Vital statistics of India. Vol. IV, Annual returns from 1871 to 1876. British Army of India, Native Army and jails of Bengal
Year: 1871
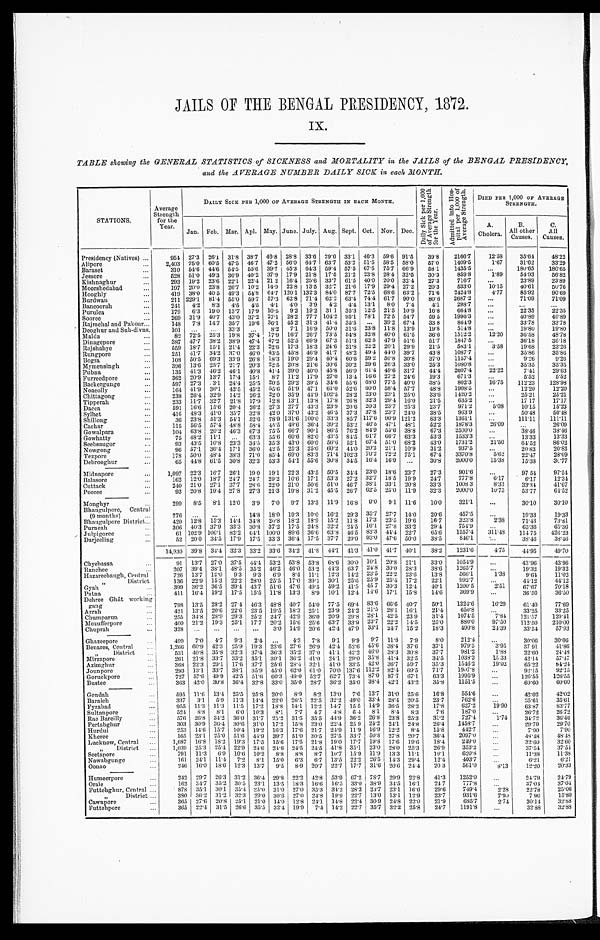
JAILS OF THE BENGAL PRESIDENCY, 1872.
Ix.
TABLE showing the GENERAL STATISTICS of SICKNESS and MORTALITY in the JAILS of the BENGAL PRESIDENCY,
and the AVERAGE NUMBER DAILY SICK in each MONTH.
STATIONS.
Average
Strength for the
Year.
DAILY SICK PER 1,000 OF AVERAGE STRENGTH IN EACH MONTH.
D a i l y S i c k p e r 1 , 0 0 0 o f A v e r a g e S t r e n g t h f o r t h e y e a r .
A d m i t t e d i n t o H o s . p i t a l p e r 1 , 0 0 0 o f A v e r a g e S t r e n g t h . DIED PER 1,000 OF AVER A G E S T R E N G T H .
A.
Cholera.
B.
All other
Causes.
C.
All
Causes.
Jan. Feb. Mar. Apl. May. June. July. Aug. Sept. Oct. Nov. Dec.
Presidency (Natives) . . .
954 27.3 26.1 31.8 38.7 46.8 28.8 33.6 29.6 33.1 46.3 59.6 91.5 3 9 . 8
2166.7 12.58 35.64 48. 22
2,403 75.0 60.5 47.5 46.7 47.2 56.0 64.7 63.7 53.2 51.5 58.5 58.0 57.0 1409.5
1.67 31.62 33. 29
Alipore . . .
310 54.6 44.6 54.5 55.6 39.7 45.3 64.3 59.4 57.5 67.5 75.7 66.9 58.1 1435.5
. . . 180.65 180. 65
Baraset . . .
528 51.0 49.3 36.9 40.2 37.9 17.9 21.8 17.5 21.2 23.8 28.4 32.5 30.3
859.8
1.89 54.93 56. 82
Jessore . . .
293 19.2 23.6 22.1 22.4 21 2 16.4 25.6 33.7 61.5 40.0 20.0 32.4 27.3
716.7
. . . 23.89 23. 89
Kishnaghur . . .
197 20.0 23.8 26.7 10.2 14.9 22.8 13.5 32.7 21.6 17.9 29.4 27.2 20.3
533.0 10.15 40.61 50. 76
Moorshedabad . . .
419 38.0 40.5 49.3 54.8 64.7 120.1 132.3
8 4 . 0 87.7 72.5 68.6 63.2 71.6 2424.8
4 . 7 7 85.92 90. 69
Hooghly . . .
211 229.1 81.4 55.0 59.7 57.3 62.8 71.4 62.2 63.4 74.4 61.7 90.0 80.6 2687.2
. . . 71.09 71. 09
Burdwan . . .
Bancoorah . . .
241 4.2 8.3 4.5 4.5 4.1 4.0 3.9 4.2 4.4 13.1 8.0 7.4 4.1 298.7 . . .
. . .
. . .
179 6.3 19.0 13.7 17.9 10.5 9.2 19.2 31.1 35.3 12.5 21.5 10.9 16.8 664.8
. . . 22.35 22. 35
Purulea . . .
269 31.9 40.7 43.0 37.2 27.1 28.2 77.7 104.2 95.1 78.1 72.5 54.7 59 5 1996.3
. . . 40.89 40.89
Sooree . . .
Rajmehal and Pakour . . .
148 7.8 14.7 35.7 19.6 36.1 45.2 31.3 41.4 35.5 . . . 39.2 67.4 33 8
864.9
. . . 33.78 33. 78
101 . . . . . . 33.3 . . . 8.2 7.1 16.9 50.0 31.6 23.8 11.8 13.9 19.8 514.8
. . . 19.80 19. 80
Deoghur and Sub-divns.
12.20
82 72.5 25.3 19.8 37.4 17.9 16.7 26.7 73.5 54.8 32.8 40.0 61.5 36.6 1512.2
36.58 48. 78
Malda . . .
3 8 7 47.7 38.2 38.9 47.4 47.2 52.5 69.9 67.3 51.3 62.5 47.9 51.6 51.7 1847.5
. . . 36.18 36.18
Dinagepore . . .
559 18.7 15.1 21.4 22.3 22.6 17.3 18.3 24.6 21.8 22.2 20.1 29.9 21.5 583.1
3.58 19.68 23. 26
Rajshahye . . .
251 41.7 34.2 37.0 46.0 43.5 45.8 46.9 41.7 48.2 49.4 44.0 39.7 43.8 1087.7
. . . 35.86 35. 86
Rungpore . . .
108 50.5 69.3 33.9 26.8 18.3 19.0 29.4 40.4 60.6 39.2 50.8 30.8 37.0 1157.4
. . . 9.26
9. 26
Bogra . . .
Mymensingh . . .
396 13.6 25.7 21.7 20.3 22.5 20.8 21.6 30.6 30.2 29.6 26.3 33.0 25.3 1080.8
. . . 35.35 35. 35
41.4 39.0 40.0 45.8 56.0 61.4 49.6 31.7 44.4 2607.4 22.22
Pubna . . .
135 41.3 46.2 46.1 40.8
7.41 29. 63
11.2 17.9 27.0 13.4 16.6 27.2 24.6 19.3 671.3
. . . 5.52
5. 52
8.7
Furreedpore . . .
362 20.9 13.7 17.4 15.1
597 27.3 .3.1 24.4 25.5 20.5 29.2 39.5 34.6 55.6 68.0 77.5 40.0 38.5 802.3 16.75 112.23 128. 98
Backergunge . . .
164 41.9 36.1 42.5 45.2 55.6 51.9 47.1 61.0 52.6 60.0 58.4 57.7 48.8 1908.5
. . . 12.20 12. 20
Noacolly . . .
238 26.4 32.9 14.2 26.2 22.0 35.9 44.9 102.5 28.2 23.0 23.1 25.0 33.6 1420.2
. . . 25.21 25. 21
Chittagong . . .
233 11.7 32.7 21.8 17.9 12.8 13.1 13.8 17.8 26.8 32.3 29.4 16.0 21.5
635.2
. . . 17.17
17. 17
Tipperah . . .
591 16.6 15.6 20.4 26.2 27.3 27.7 43.3 23.9 20.6 20.3 23.7 25.3 23.7
971.2
5.08
10.15 15. 23
Dacca . . .
416 48.3 41.0 35.7 32.8 42.0 37.0 43.2 46.5 37.3 37.8 23.7 24.0 38.5 963.9
. . . 50.48 50. 48
Sylhet . . .
36 23.8 51.3 54.1 52.6 78.9 131.6 100.0 33.3 85.7 117.6 90.9 121.2 83.3 1361.1
. . . 111.11 111.11
Shillong . . .
46.5
115 56.5 57.4 48.8 58.4 45.5 49.6 36.4 39.2 53.2
47.1 48.1 52.2 1878.3 26.09
. . .
26. 09
Cachar . . .
81.9
104 63.8 20.2 46.3 67.3 75.5 66.7 90.1 86.5 76.2
55.6 38.8 67.3 2500.0
. . . 38.46 38. 46
Gowalpara . . .
61.7
75 48.2 11.1
. . . 63.3 55.6 60.6 82.0 43.5
8 4 . 5
66.7 63.3 53.3 1533.3
. . . 13.33 13. 33
Gowhatty . . .
67.4
Seebsaugor
93 43.5 10.8 23.3 34.5 35.3 43.0 60.0 56.6 52.1
51.0 68.2 43.0 1731.2 21.50 64.52 86. 02
20.2
96 57.1 36.4 17.1 36.0 42.5 25.3 25.0 60.2 44.0
21.1 10.9 31.2 937.5
. . . 20.83 20. 83
Nowgong . . .
70.2
178 50.0 48.4 38.3 71.0 85.4 69.0 83.3 71.4 102.3
72.2 75.1 67.4 3370.8
5.62 22.47 28. 09
Tezpore . . .
16.4
65 44.8 61.5 30.8 32.3 53.3 54.1 55.6 30.8 34.5
16.9 . . . 30.8 2000.0 15.38 15.38 30. 77
Debrooghur . . .
1,097 22.3 16.7 26.1 19.0 19.1 22.3 43.5 50.5 34.4 23.0 18.6 23.7 27.3 901.6
. . . 97 54
97.54
Midnapore . . .
32.7
162 12.0 18.7 24.7 24.7 29.2 10.6 17.1 53.3 27.2
18.5 19.9 24.7 777.8
6.17
6.17
12.34
Balasore . . .
38.1
240 21.0 27.1 37.7 28.6 22.0 21.0 50.6 51.0 46.7
33.1 20.8 33.3 1008 3
8.33 33.34
41.67
Cuttack . . .
62.5
93 20.8 19.4 27.8 27.3 21.3 19.8 31.2 45.5 26.7
25.0 11.9 32.3 2000.0 10.75 53.77
64.52
Pooree . . .
Monghyr . . .
299 8.5 8.1 12.0 3.9 7.0 9.7 13.3 11.9 16.8 9.0 9.1 11.6 10.0 321.1
. . . 30.10
30.10
776 . . .
. . .
. . . 14.8 18.0 19.3 10.0 16.2 29.3 35.7 27.7 14.0 20.6 457.5
. . . 19.33
19. 33
Bhaugulpore, Central
(9 months) . . .
420 12.8 15.3 14.4 34.8 20.8 18.2 18.9 15.2 11.8 17.3 23.5 19.6 16. 7 323.8
2.38 71.43
73. 81
Bhaugulpore District . . .
306 40.3 37.9 33.3 30.8 37.2 17.5 24.8 32.2 24.5 16.1 27.8 33.2 29.4 754.9
. . . 65.36
65.36
Purneah . . .
61 102.9 106.1 82.2 64.1 100.0 89.6 36.6 63.8 46.5 83.3 44.4 22.7 65.6 1557.4 311.48 114.75 426.23
Julpigoree . . .
52 20.0 34.5 17.9 17.5 33.3 36.4 17.5 37.7 20.0 93.0 47.6 50.0 38.5 846.1
. . . 38.46
38. 46
Darjeeling . . .
1 4 , 9 3 0
39.8 34.4 32.3 33.2 33.6 34.2 41.8 44.1 41.3 41.0 41.7 40.1 38.2 1231.6
4.75
4 4 . 9 5 49. 70
Chyebassa . . .
91 13.7 27.0 37.5
4 4 . 4 53.2 53.8 53.8 68.6 30.0 10.1 20.8 21.1 33.0 1054.9
. . . 43.96
43.96
207 39.4 38.1 48.5 35.2 46.2 46.0 53.2 44.3 63 7 24.8 30.0 28.3 38.6 1265.7
. . . 19.32 19. 32
Ranchee . . .
726 13.7 12.0 9.3 9.3 6.9 8.4 11.1 12.3 14.2 23.5 22.2 23.6 13.8 566.1
1.38
9.64 11.02
Hazareebaugh, Central
136 22.9 15.3 22.2 28.0 25.5 17.0 39.1 30.1 25.6 25.9 25.4 17.2 22.1 992.7
. . . 44.12 44.12
" District
Gyah . . .
399 36.2 36.5 39.4 43.7 51.6 47.6 49.5 59.2 41.5 45 7 30.3 12.4 40.1 1200.5
2.51 67.67
70. 18
411 16.4 19.2 17.5 15.5 11.8 13.3 8.9 10.1 12.4 14.6 17.1 15.8 14.6 369.9
. . . 36.50
36.50
Patna . . .
Dehree Ghât working
gang . . .
798 13.5 28.2 27.4 46.3 48.8 40.7 54.0 77.5 69.4 83.6 66.6 40.7 50.1 1324.6 16.29 61.40 77.69
421 13.5 20.6 22.6 23.5 19.5 18.3 25.1 23.9 24.2 21.5 28.1 16.1 21.4
650.8.
. . . 33.25
34.25
Arrah . . .
255 34.8 28.9 29.3 25.2 24.7 42.9 36.0 20.9 29.8 28.1 42.5 23 9 31.4 1074.5
7.84 121.57 129.41
Chumparun . . .
400 21.2 19.3 25.1 17.7 20.2 15.6 25.6 63.7 33.9 23.7 22.2 14.5 25.0 880.0 97.50 112.50 210.00
Mozufferpore . . .
328 . . .
. . .
. . .
. . . 3.0 14.9 20.6 42.4 47.9 33.1 24.7 15.2 18.3 490.8
2 4 . 3 9 33.54 57. 93
Chuprah . . .
Ghazeepore . . .
499 7.0 4.7 9.3 2.4 . . . 4.3 7.8 9.1 9.9 9.7 11.8 7.9 8.0 212.4
. . . 30.06 30. 06
1,266 60.9 42.3 25.9 19.3 23.6 27.6 26.9 42.4 52.6 45.6 38.4 37.6 37.1
979.5
3.95 37 91 41.86
Benares, Central . . .
" District . . .
531 40.8 35.8 32.3 37.4 36.3 35.2 37.0 41.1 42.2 46.0 38.3 30.8 37.7 981.2
1.88 22.60 24. 48
Midnapore . . .
2 6 1 21.8 33.7 33.2 35.1 30.1 36.2 41.0 24.1 29.0 35.8 41.4 32.5 34.5 1038.3 15 33 42.14 57. 47
368 22.3 29.1 17.6 37.7 25.6 28.4 32.1 41.0 33.5 42.0 36.7 59.7 35.3 1546.2 19.02 65.22 84. 24
Azimghur . . .
Jounpore . . .
293 13.1 33.7 38.1 35.9 45. 0 62.0 61.0 70.0 137.6 112.2 82.4 69.5 71.7 1907.8
. . . 92.15
92. 15
727 57.6 49.9 42.5 51.6 60.3
4 9 . 0 52.7 62.7 73.4 87.0 87.7 67.1 63.3 1995.9
. . . 126.55 126. 55
Goruckpore . . .
363 42.0 30.8 36.4 32.8 33.0 35.0 28.7 36.2 35.0 38.4 42.1 43.2 35.8 1151.5
. . . 60.60 60. 60
Bustee . . .
Gondah . . .
595 11.6 13.4 25.5 25.8 20.0 8.9 8.2 13.0 7.6 13.7 31.0 25.6 16.8 554.6
. . . 42.02 42.02
337 3.1 5.9 11.3 14.4 22.0 26.5 22.5 32.2 49.0 33.4 28.4 20.5 23.7 762.6
. . . 35.61 35.61
Baraich . . .
955 11.3 11.3 11.5 17.2 18.8 14.1 12.2 14.7 15.5 14.9 36.5 28.2 17.8
627.2 19.90 63.87 83.77
Fyzabad . . .
524 8.8 8.1 6.0 10.3 8.1 7.7
4 . 7 4.8 6 4 8.1 8.4 8.3
7 . 6 187.0
. . . 26.72 26.72
Sultanpore . . .
576 26.8 34.2 36.0 31.7 25.2 31.5 35.5 44.9 36.2 26.8 23.8 25.3 31.2 727.4
1.74 34.72 36.46
Rae Bareilly . . .
303 30.9 36.4 30.6 31.0 17.2 15.8 23.0 22.4 25 9 24.2 24.1 24.8 26.4 1458.7
. . . 29.70 29.70
Pertabghur . . .
253 14.6 15.7 10.4 19.2 16.3 17.6 21.7 24.9 11.9 16.9 12.2 8.4 15.8 442.7.
. . . 7.90
7.90
Hurdui . . .
165 23.1 25.0 51.6 44.9 39.7 51.0 30.5 27.5 33.7 50.8 27.8 20.7 36.4 2097.
. . . 48.48 48.48
K h e r e e . . . 1,687 16.8 18.2 19.3 17.5 15.6 17.5 21.8 19.0 17.7 19.8 17.6 19.6 18.4 249.0 . . .
32.60 32.60
Lucknow, Central . . . 1,039 25.3 25.4 22.9 24.6 24.6 24.5 24.5 41.8 35.1 23.0 28.0 25.3 26.9 353.2
. . . 37.54 37.54
" District . . .
791 11.3 6.9 10.6 10.2 8.8 8.8 8.7 10.7 15.9 11.9 13.3 11.1 10.1
620.8.
. . . 11.38 11.38
Seetapore . . .
161 24.1 11.4 7.2 8.1 15.0 6.3 6.7 13.5 22.2 26.5 14.3 29.4 12.4 403.7
. . . 6.21
6.21
Nawabgunge . . .
246 16.0 18.6 12.3 13.7 9.5 8.9 20.7 22.7 17.7 31.6 20.6 24.4 20 3 561.0
8.13 12.20 20.33
Oonao . . .
Humeerpore . . .
242 29.7 26.3 31.2 36.4 29.8 22.2 42.8 53.9 67.2 78.7 29.9 22.8 41.3 1252.
. . . 24.79
24.79
162 34.7 35.2 30.5 23.1 13.5 18.3 16.6 16.5 33.0 38.9 34.5 16.1 24.7
777.8
. . . 37.04 37.04
Orai e . . .
Futtehghur, Central . . .
878 35.1 30.1 35.4 3 5 . 0 31.0 27.0 35.3 3 4 . 2 28.3 23.7 23.1 16.6 29.6
749.4
2.28 22.78
25.06
380 36.2 31.2 32.3 29.0 30.6 27.0 24.8 19.9 22.7 13.0 13.1 12.9 23.7
931.6
7.90
7 90
15.80
" District . . .
Cawnpore . . .
365 27.6 20.8 25.1 21.0 14.0 12.8 24.1 14.8 22.4 30 9 24.8 22.0 21.9
685.7
2.74 30.14 32.88
365 22.4 31.5 26.6 35.5 32.4 19.9 7.4 14.2 22.7 35.7 32.2 25.8 24.7 1191.8
. . . 32.88 32.88
Futtehpore . . .